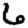
Digit: 6